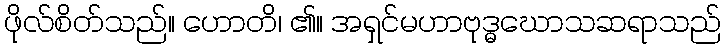
ဖိုလ်စိတ်သည်။ ဟောတိ၊ ၏။ အရှင်မဟာဗုဒ္ဓဃောသဆရာသည်